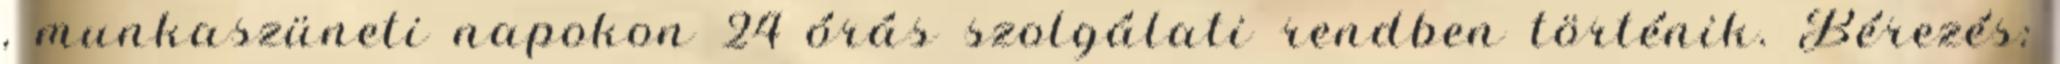
, munkaszüneti napokon 24 órás szolgálati rendben történik. Bérezés: